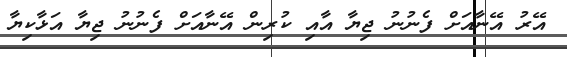
އޭރު އޭނާއަށް ފެނުނު ޖިޔާ އާއި ކުރިން އޭނާއަށް ފެނުނު ޖިޔާ އަޅާކިޔާ